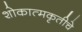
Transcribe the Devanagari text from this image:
शोकात्मकृतीचे